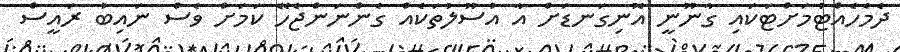
ދެމެހެއްޓުމަށްޓަކައި ގާނޫނީ އޮނިގަނޑަށް އާ އުސޫލުތަކެއް ގެންނަންޖެހޭ ކަމަށް ވެސް ނައިބު ރައީސް